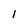
Character: l